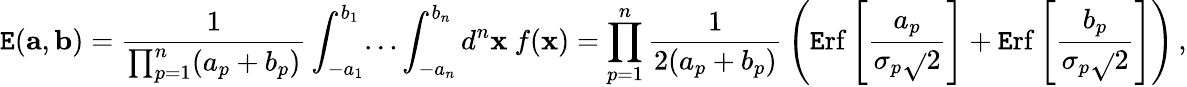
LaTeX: \mathtt{E}({\mathbf{a}},{\mathbf{b}})={\frac{{1}}{{\prod_{p=1}^{n}(a_{p}+b_{p})}}}\int_{-a_{1}}^{b_{1}}\! \dots\int_{-a_{n}}^{b_{n}}d^{n}{\mathbf{x}}\ f({\mathbf{x}})=\prod_{p=1}^{n}{\frac{{1}}{{2(a_{p}+b_{p})}}}\left(\mathrm{{\mathtt{E}rf}}\left[{\frac{{a_{p}}}{{\sigma_{p}\sqrt{}{2}}}}\right]+\mathrm{{\mathtt{E}rf}}\left[{\frac{{b_{p}}}{{\sigma_{p}\sqrt{}{2}}}}\right]\right)\, ,